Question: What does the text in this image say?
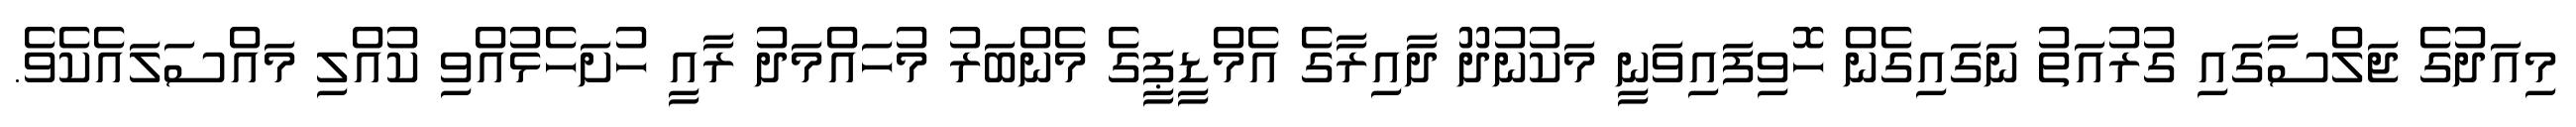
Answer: މިއަދުގެ ޖަލްސާގައި ގުރުއަތު ނަގައިގެން ހޮވިފައިވަނީ މަކުނުދޫ ދާއިރާގެ އެމްޑީޕީގެ މެންބަރު މުހައްމަދު ރާއީ ހުށަހެޅުއްވި ކުއްލި މައްސަލައެކެވެ.